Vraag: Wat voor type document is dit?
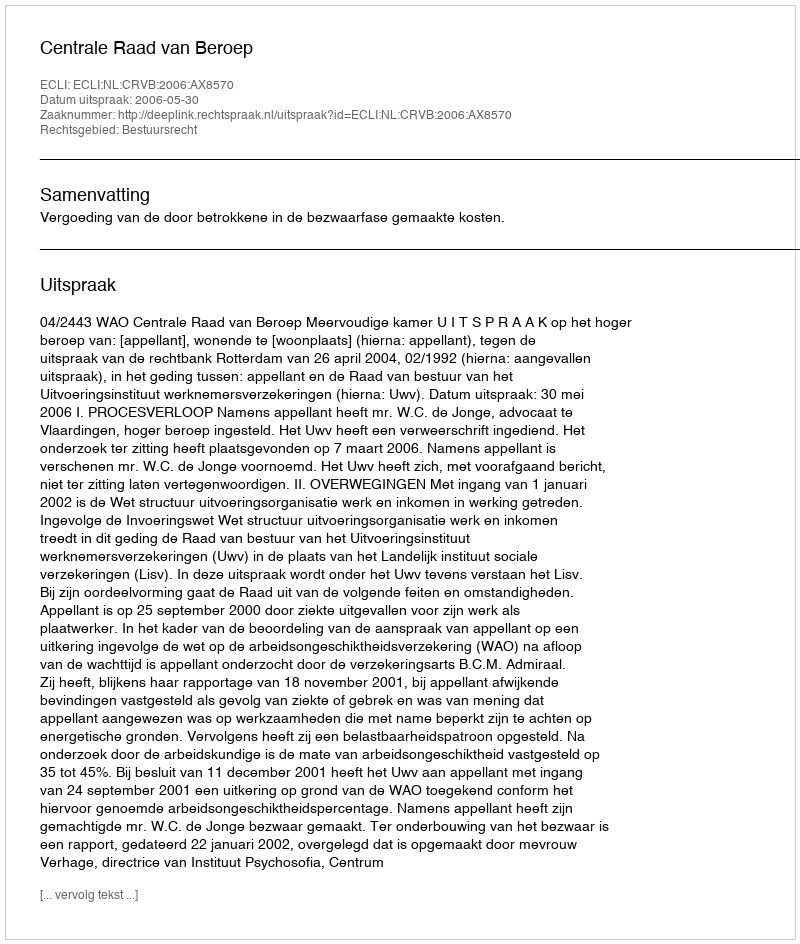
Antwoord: Uitspraak